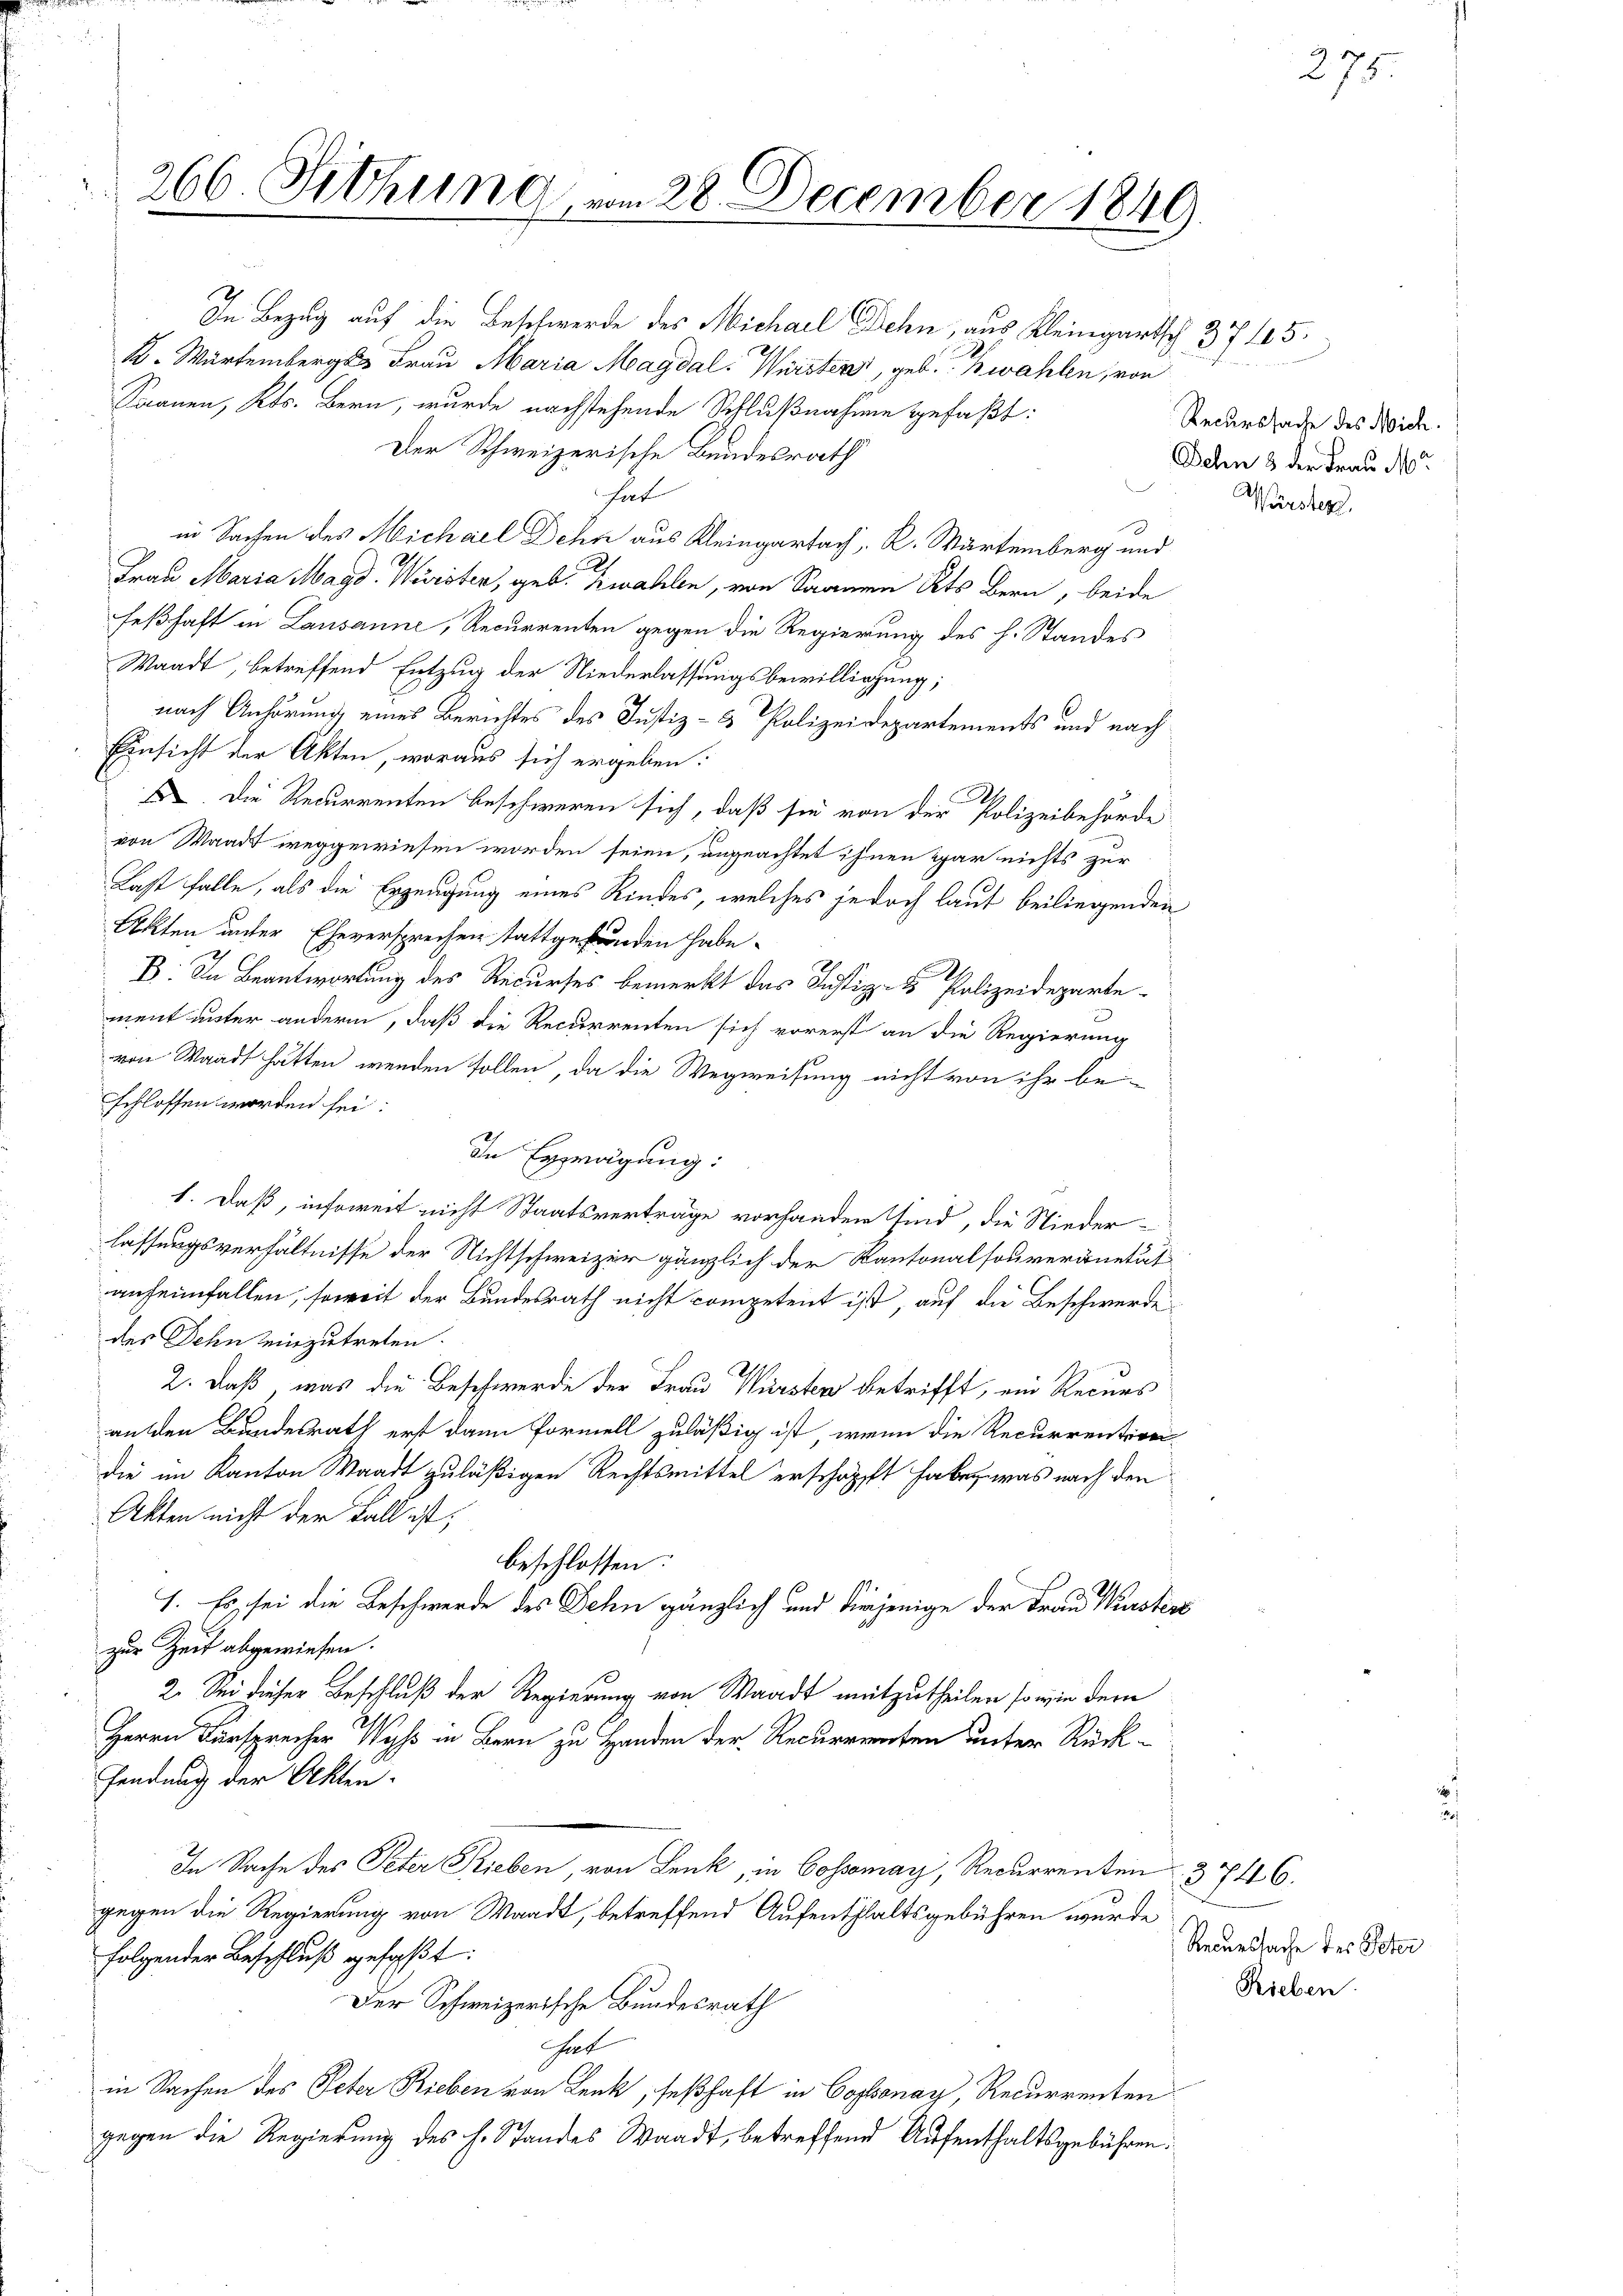
In Bezug auf die Beschwerde des Michael Dehn, aus Kleingart. 375.
K. Würtemberges Frau Maria Magdal-Würsten, geb.   wahlen, von
Saanen, Kts. Bern, wurde nachstehende Schlußnahme gefaßt:
Der Schweizerische Bundesrath
hat
in Sachen des Michael Dehn aus Kleingartach, K. Wartemberg und
Frau Maria Magd. Würster, geb. Zwahlen, von Saanen Kts Bern, beide
feßhaft in Lausanne, Recurrenten gegen die Regierung des h. Standes
Waadt, betreffend Entzug der Niederlassungsbewilligung;
nach Anhörung eines Berichtes des Justiz- & Polizeidepartements und nach
Einsicht der Akten, woraus sich ergeben:
E. Die Recurrenten beschweren sich, daß sie von der Polizeibehörde
von Waadt weggewiesen worden seien, angeachtet ihnen gar nichts zur
Last falle, als die Erzeugung eines Kindes, welches jedoch laut beiliegenden
Akten unter Eheversprechen stattgefunden habe.
B. In Beantwortung des Recurses bemerkt das Justiz- & Polizeideparte
2
ment unter anderm, daß die Recurrenten sich vorerst an die Regierung
von Waadt hätten werden sollen, da die Wegweisung nicht von ihr be-
schlossen worden sei:
In Exprägung:
1. Daß, insoweit nicht Staatsverträge vorhanden sind, die Nieder-
lassungsverhältnisse der Nichtschweizer gänzlich der Kantonalsouveränetät
anheimfallen, soweit der Bundesrath nicht competent ist, auf die Beschwerde
des Jehn einzutreten.
2. daß, was die Beschwerde der Frau Würsten betrifft, ein Recurs
an den Bundesrath erst dann formell zuläßig ist, wenn die Recurrentiren
die im Kanton Waadt zuläßigen Rechtsmittel erschöpft habe, was nach den
Akten nicht der Fall ist,
beschlossen:
1. Es sei die Beschwerde des Sehen gänzlich und diejenige der Frau Westers
zur Zeit abgewiesen.
2. Sei dieser Beschluß der Regierung von Waadt mitzutheilen, so wie dem
Herrn Fürsprecher Wyss in Bern zu Handen der Recurrenten unter Rück¬
Fendung der Akten.
In Sache des Peter Rieben, von Lenk, in Cossmay, Recurrenten 3 746.
gegen die Regierung von Waadt, betreffend Aufenthaltsgebühren wurde
folgender Beschluß gefaßt:
Der Schweizerische Bundesrath
hal
in Sachen des Peter Rieben von Lenk, seßhaft in Cossonay, Recurrenten
gegen die Regierung des h. Standes Waadt, betreffend Aufenthaltsgebühren.

266. Sitzung, vom 28. December 1849

Recurssache des Nich
Dehn & der Frau M
Würster.

Recurssache des Peter
Rieben.

275